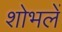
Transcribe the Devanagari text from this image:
शोभलें